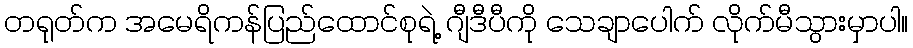
တရုတ်က အမေရိကန်ပြည်ထောင်စုရဲ့ ဂျီဒီပီကို သေချာပေါက် လိုက်မီသွားမှာပါ။